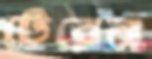
টেরেন